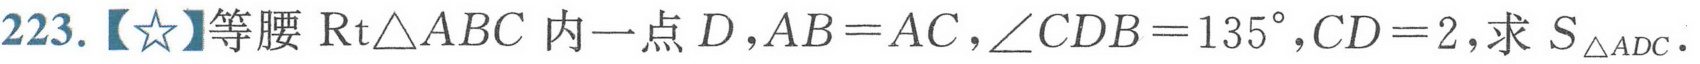
223.【★】等腰\(\text{Rt}\triangle ABC\)内一点\(D\)，\(AB = AC\)，\(\angle CDB = 135^{\circ}\)，\(CD = 2\)，求\(S_{\triangle ADC}\).